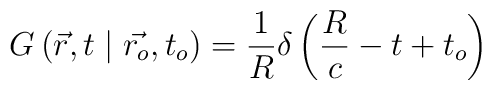
G\left(\vec{r},t\mid\vec{r_o},t_o\right)=\frac{1}{R}\delta\left(\frac{R}{c}-t+t_o\right)